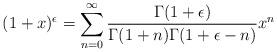
LaTeX: \begin{align*} (1+x)^{\epsilon} = \sum_{n=0}^{\infty} \frac{\Gamma(1+\epsilon)}{\Gamma(1+n)\Gamma(1+\epsilon-n)} x^n\end{align*}